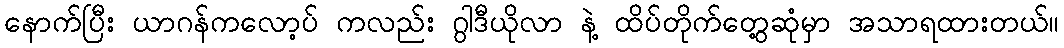
နောက်ပြီး ယာဂန်ကလော့ပ် ကလည်း ဂွါဒီယိုလာ နဲ့ ထိပ်တိုက်တွေ့ဆုံမှာ အသာရထားတယ်။